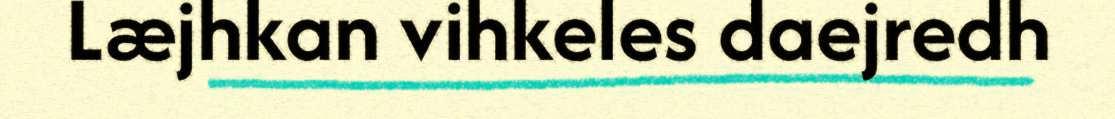
Læjhkan vihkeles daejredh